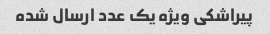
پیراشکی ویژه یک عدد ارسال شده